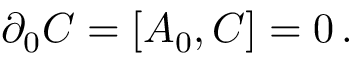
\partial _ { 0 } C = [ A _ { 0 } , C ] = 0 \, .